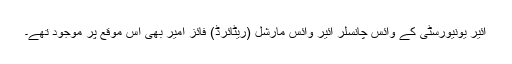
ائیر یونیورسٹی کے وائس چانسلر ائیر وائس مارشل (ریٹائرڈ) فائز امیر بھی اس موقع پر موجود تھے۔